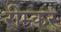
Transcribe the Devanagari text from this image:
रीम्कर